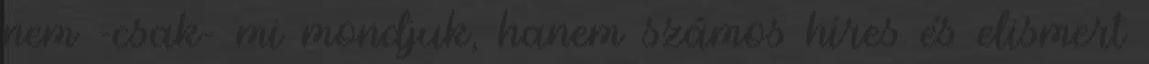
nem -csak- mi mondjuk, hanem számos híres és elismert